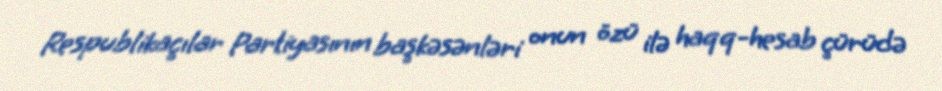
Respublikaçılar Partiyasının başkəsənləri onun özü ilə haqq-hesab çürüdə